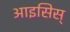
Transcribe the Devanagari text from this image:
आइसिस्